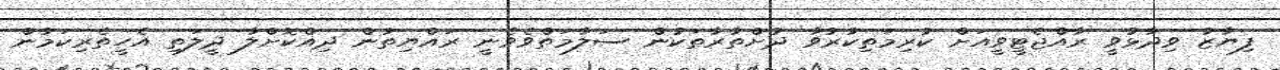
ފިޔާޒު ވިދާޅުވީ ރާއްޖެޓީވީއަށް ކުރިމަތިކުރުވާ ދުށްތުރާތަކުން ސަލާމަތްވެވެނީ ރައްޔިތުން ދިއްކޮށްލާ ދީލަތި އެހީތެރިކަމުން